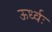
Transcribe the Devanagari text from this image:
ऊर्ध्वः